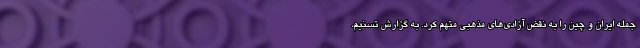
جمله ایران و چین را به نقض آزادی‌های مذهبی متهم کرد. به گزارش تسنیم،